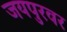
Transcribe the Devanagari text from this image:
जयपुरवर